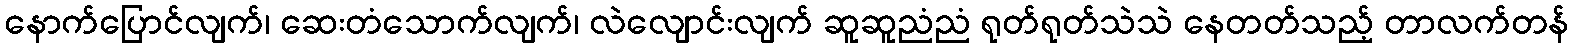
နောက်ပြောင်လျက်၊ ဆေးတံသောက်လျက်၊ လဲလျောင်းလျက် ဆူဆူညံညံ ရုတ်ရုတ်သဲသဲ နေတတ်သည့် တာလက်တန်